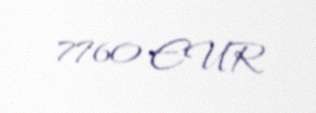
7760 EUR